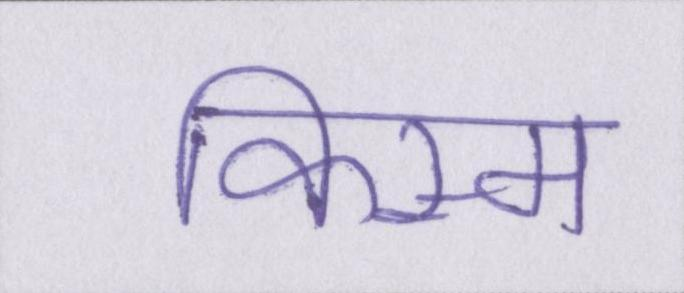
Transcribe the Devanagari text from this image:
किस्म